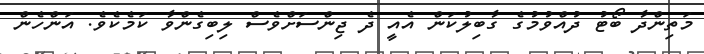
މަތިންދާ ބޯޓު ދުއްވުމުގެ ގާބިލުކަން އެއީ ދެ ޖިންސަށްވެސް ލިބިގެންވާ ކަމެކެވެ. އަންހެން